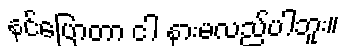
နင်ပြောတာ ငါ နားမလည်ပါဘူး။